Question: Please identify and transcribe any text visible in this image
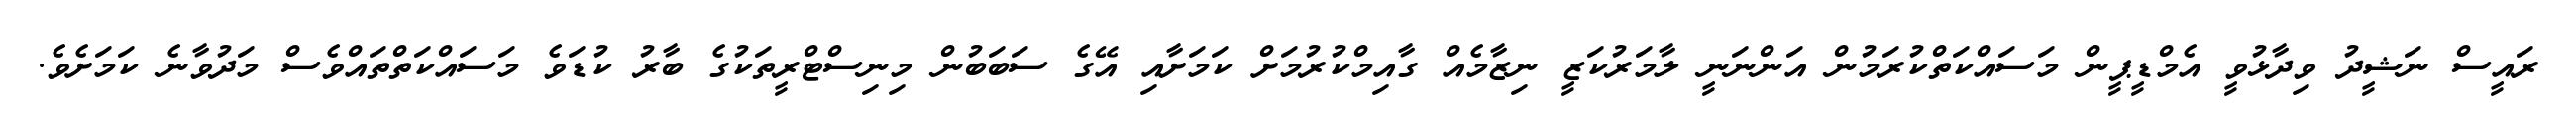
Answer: ރައީސް ނަޝީދު ވިދާޅުވީ އެމްޑީޕީން މަސައްކަތްކުރަމުން އަންނަނީ ލާމަރުކަޒީ ނިޒާމެއް ގާއިމްކުރުމަށް ކަމަށާއި އޭގެ ސަބަބުން މިނިސްޓްރީތަކުގެ ބާރު ކުޑަވެ މަސައްކަތްތައްވެސް މަދުވާނެ ކަމަށެވެ.